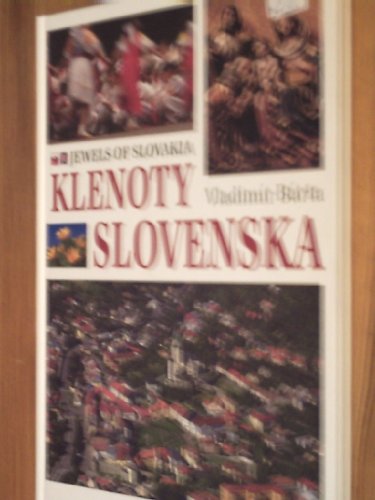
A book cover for Slovensko =: Slovakia; Vladimir Barta; Travel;